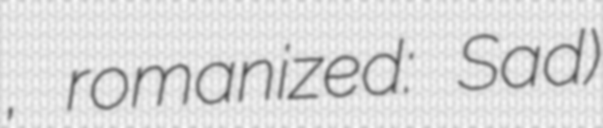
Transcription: سعد, romanized: Saʿd)